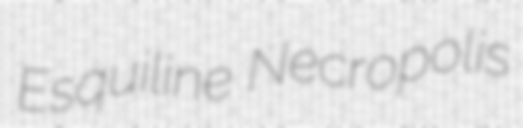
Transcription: Esquiline Necropolis